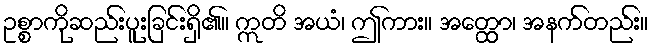
ဥစ္စာကိုဆည်းပူးခြင်းရှိ၏။ ဣတိ အယံ၊ ဤကား။ အတ္ထော၊ အနက်တည်း။